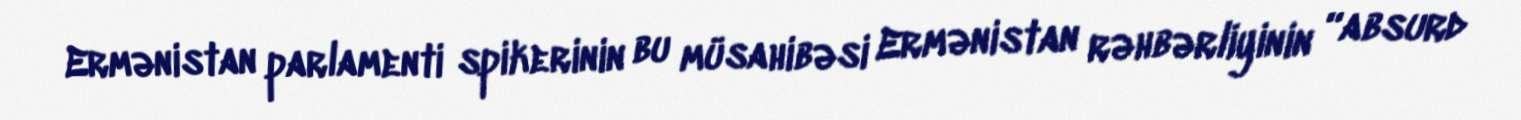
Ermənistan parlamenti spikerinin bu müsahibəsi Ermənistan rəhbərliyinin “absurd